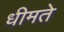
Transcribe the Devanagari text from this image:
धीमते